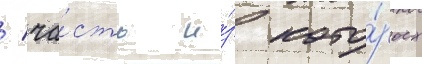
/ ча́сть и́з кото́рых